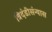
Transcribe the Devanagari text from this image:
त्रिदंडीसंन्यास